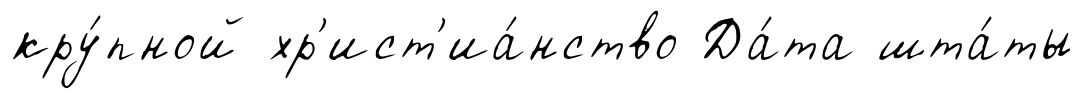
кру́пной хр'ист'иа́нство Да́та шта́ты